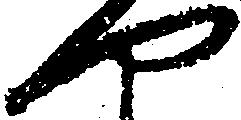
や